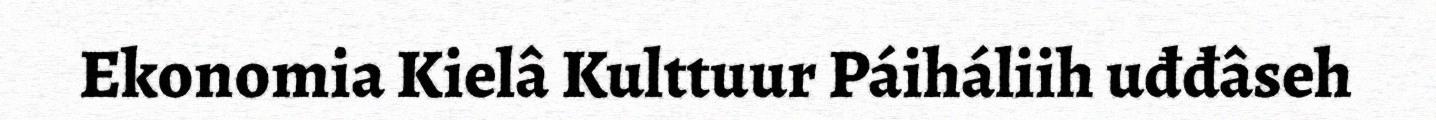
Ekonomia Kielâ Kulttuur Páiháliih uđđâseh